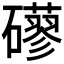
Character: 𥗀